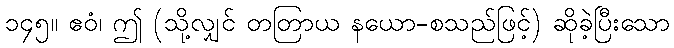
၁၄၅။ ဧဝံ၊ ဤ (သို့လျှင် တတြာယ နယော-စသည်ဖြင့်) ဆိုခဲ့ပြီးသော